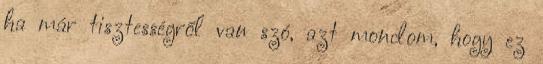
ha már tisztességről van szó, azt mondom, hogy ez